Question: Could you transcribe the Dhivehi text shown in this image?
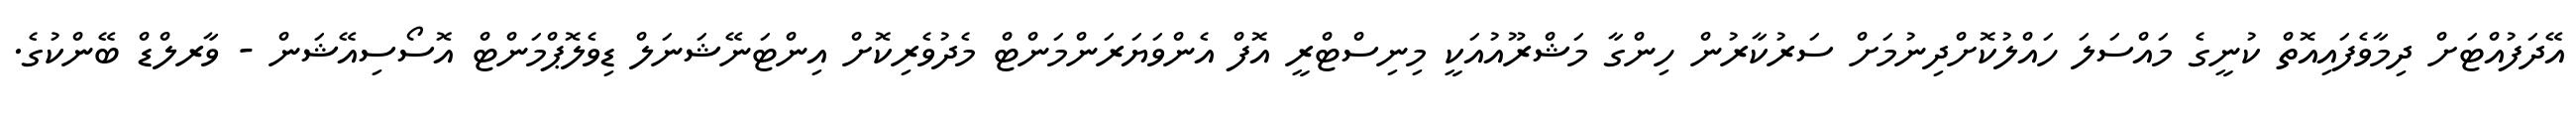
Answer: އޭދަފުއްޓަށް ދިމާވެފައިއޮތް ކުނީގެ މައްސަލަ ހައްލުކޮށްދިނުމަށް ސަރުކާރުން ހިންގާ މަޝްރޫއުއަކީ މިނިސްޓްރީ އޮފް އެންވަޔަރަންމަންޓް މެދުވެރިކޮށް އިންޓަނޭޝަނަލް ޑިވެލޮޕްމަންޓް އޮސޯސިއޭޝަން - ވާރލްޑް ބޭންކުގެ.